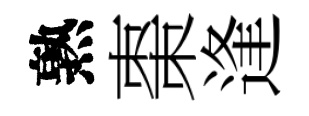
熟棗逢